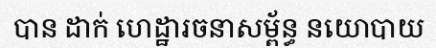
បាន ដាក់ ហេដ្ឋារចនាសម្ព័ន្ធ នយោបាយ